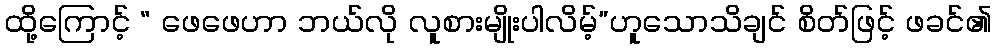
ထို့ကြောင့် “ ဖေဖေဟာ ဘယ်လို လူစားမျိုးပါလိမ့်”ဟူသောသိချင် စိတ်ဖြင့် ဖခင်၏